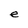
Character: e